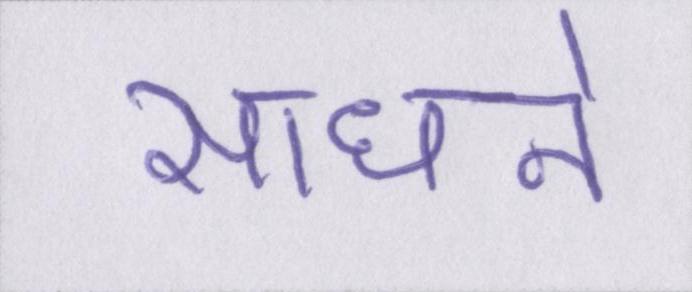
साधने